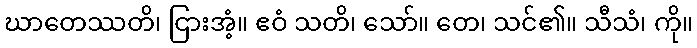
ဃာတေဿတိ၊ ငြားအံ့။ ဧဝံ သတိ၊ သော်။ တေ၊ သင်၏။ သီသံ၊ ကို။